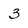
Character: 3